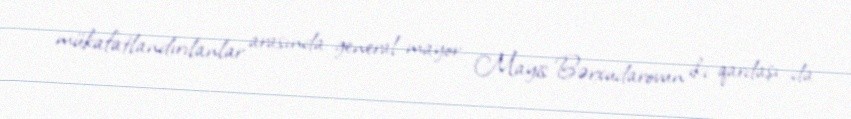
mükafatlandırılanlar arasında general-mayor Mayis Bərxudarovun iki qardaşı da